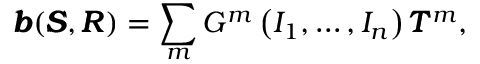
\pmb { b } ( \pmb { S } , \pmb { R } ) = \sum _ { m } G ^ { m } \left( I _ { 1 } , \ldots , I _ { n } \right) \pmb { T } ^ { m } ,